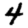
Digit: 4